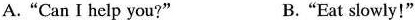
A."Can I help you?" B."Eat slowly!"